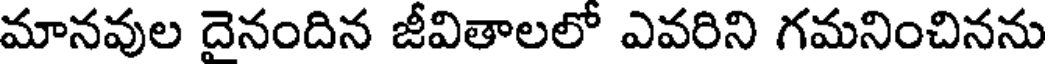
మానవుల దైనందిన జీవితాలలో ఎవరిని గమనించినను